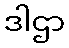
ဒါဌာ